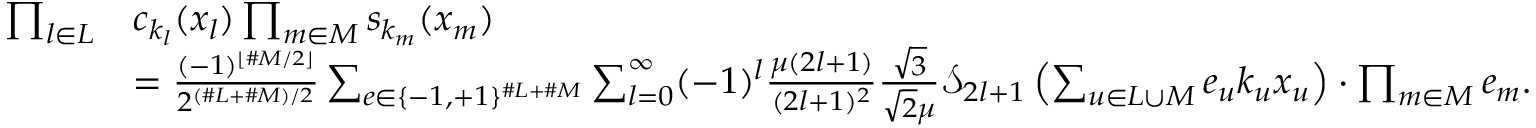
\begin{array} { r l } { \prod _ { l \in L } } & { c _ { k _ { l } } ( x _ { l } ) \prod _ { m \in M } s _ { k _ { m } } ( x _ { m } ) } \\ & { = \frac { ( - 1 ) ^ { \lfloor \# M / 2 \rfloor } } { 2 ^ { ( \# L + \# M ) / 2 } } \sum _ { e \in \{ - 1 , + 1 \} ^ { \# L + \# M } } \sum _ { l = 0 } ^ { \infty } ( - 1 ) ^ { l } \frac { \mu ( 2 l + 1 ) } { ( 2 l + 1 ) ^ { 2 } } \frac { \sqrt { 3 } } { \sqrt { 2 } \mu } { \mathcal S } _ { 2 l + 1 } \left( \sum _ { u \in L \cup M } e _ { u } k _ { u } x _ { u } \right) \cdot \prod _ { m \in M } e _ { m } . } \end{array}